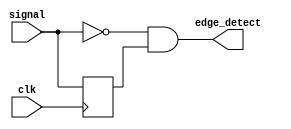
`timescale 1ns / 1ps
//////////////////////////////////////////////////////////////////////////////////
// Company: 
// Engineer: 
// 
// Design Name: 
// Module Name: neg_edge_detector
// Project Name: 
// Target Devices: 
// Tool Versions: 
// Description: 
// 
// Dependencies: 
// 
// Revision:
// Revision 0.01 - File Created
// Additional Comments:
// 
//////////////////////////////////////////////////////////////////////////////////


module neg_edge_detector(input signal,clk,
output edge_detect

    );
    reg signal_dly;
always @(posedge clk)
begin signal_dly<=signal;
end
assign edge_detect = ~signal & (signal_dly);

    
endmodule